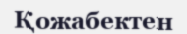
Қожабектен